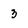
Character: 3